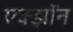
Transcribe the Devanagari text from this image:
एक्झॉन